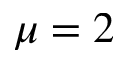
\mu = 2